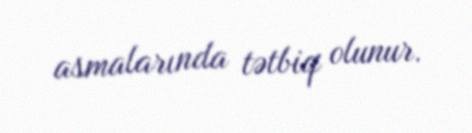
asmalarında tətbiq olunur.